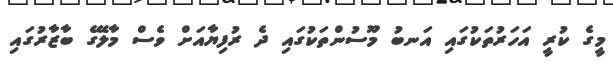
މީގެ ކުރީ އަހަރުތަކުގައި އަނބު މޫސުންތަކުގައި ދެ ރުފިޔާއަށް ވެސް މާލޭގެ ބާޒާރުގައި